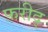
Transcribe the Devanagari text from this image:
फ़रीद्